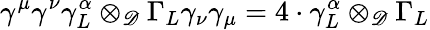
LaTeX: \gamma^{\mu}\gamma^{\nu}\gamma_{L}^{\alpha}\otimes_{\mathscr{D}}\Gamma_{L}\gamma_{\nu}\gamma_{\mu}=4\cdot\gamma_{L}^{\alpha}\otimes_{\mathscr{D}}\Gamma_{L}